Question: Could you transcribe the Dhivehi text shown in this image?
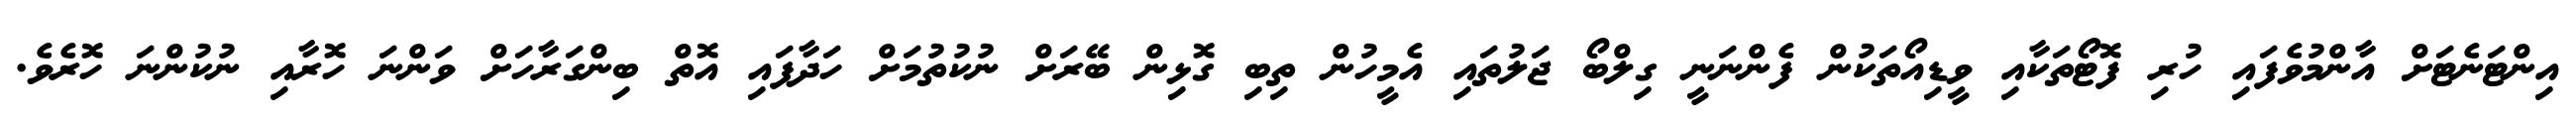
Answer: އިންޓަނެޓަށް އާންމުވެފައި ހުރި ފޮޓޯތަކާއި ވީޑިއޯތަކުން ފެންނަނީ ގިލްބޯ ޖަލުތައި އެމީހުން ތިބި ގޮޅިން ބޭރަށް ނުކުތުމަށް ހަދާފައި އޮތް ބިންގަރާހަށް ވަންނަ ހޮރާއި ނުކުންނަ ހޮރެވެ.